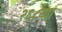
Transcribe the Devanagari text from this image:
२६८व्या